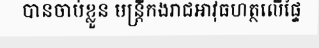
បានចាប់ខ្លួន មន្ត្រីកងរាជអាវុធហត្ថលើផ្ទៃ